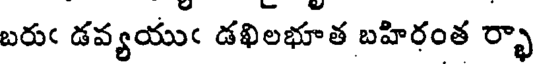
బరుఁ డవ్యయుఁ డఖిలభూత బహిరంత ర్భా